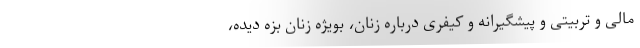
مالی و تربیتی و پیشگیرانه و کیفری درباره زنان، بویژه زنان بزه دیده،